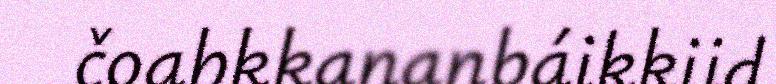
čoahkkananbáikkiid